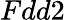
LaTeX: Fdd2